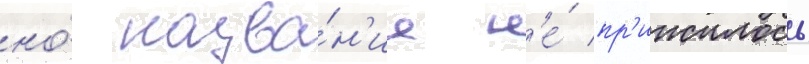
но́ назва́н'ие н'е́ пр'ижилось